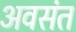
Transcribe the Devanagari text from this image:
अवसंत